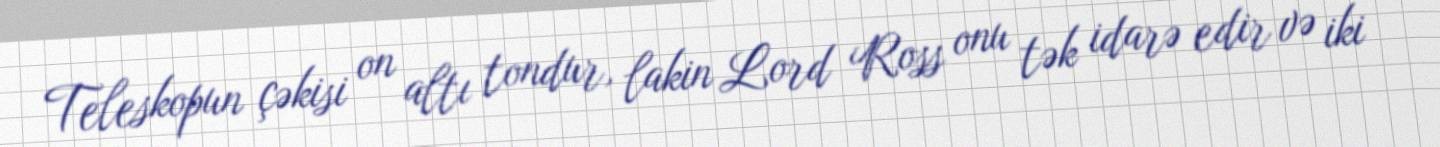
Teleskopun çəkisi on altı tondur, lakin Lord Ross onu tək idarə edir və iki